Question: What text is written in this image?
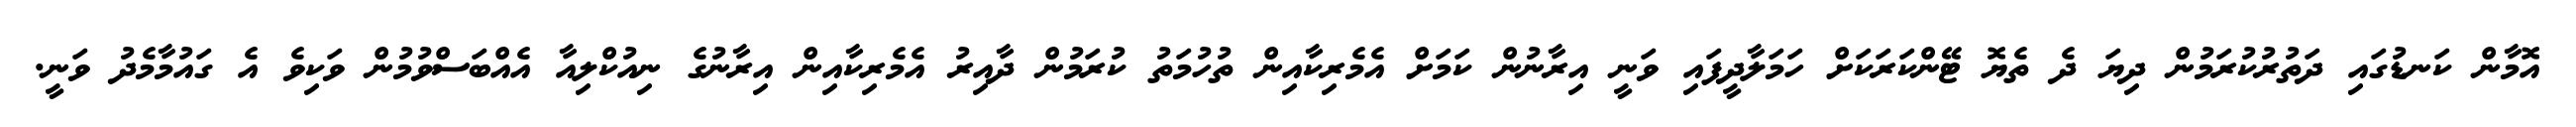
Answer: އޮމާން ކަނޑުގައި ދަތުރުކުރަމުން ދިޔަ ދެ ތެޔޮ ޓޭންކަރަކަށް ހަމަލާދީފައި ވަނީ އިރާނުން ކަމަށް އެމެރިކާއިން ތުހުމަތު ކުރަމުން ދާއިރު އެމެރިކާއިން އިރާނުގެ ނިއުކްލިއާ އެއްބަސްވުމުން ވަކިވެ އެ ގައުމާމެދު ވަނީ.